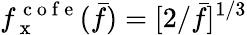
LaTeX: f_{\mathrm{~x~}}^{\mathrm{~c~o~f~e~}}(\bar{f})=[2/\bar{f}]^{1/3}